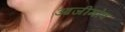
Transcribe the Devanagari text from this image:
आजीमोव